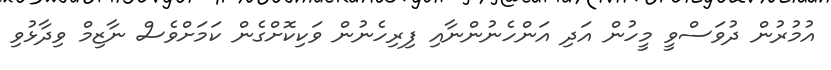
އުމުރުން ދުވަސްވީ މީހުން އަދި އަންހެނުންނާއި ފިރިހެނުން ވަކިކޮށްގެން ކަމަށްވެސް ނާޒިމް ވިދާޅުވި